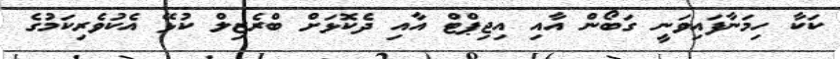
ކަކާ ހިމަނާފައިވަނީ ގަބޯން އާއި އިޖިޕްޓް އާއި ދެކޮޅަށް ބްރެޒިލް ކުޅޭ އެކުވެރިކަމުގެ